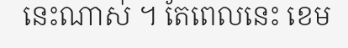
នេះណាស់ ។ តែពេលនេះ ខេម